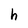
Character: h